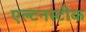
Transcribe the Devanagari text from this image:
एल्टनस्टीक